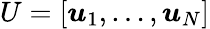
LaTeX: U=\left[\boldsymbol{u}_{1},\ldots,\boldsymbol{u}_{N}\right]